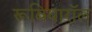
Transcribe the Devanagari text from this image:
रूबियारॉल